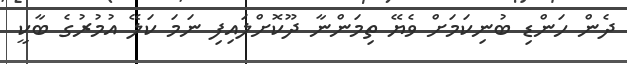
ދެން ހަންޑި ބުނިކަމަށް ވެޔޭ ތިމަންނާ ދޫކޮށްލައިފި ނަމަ ކަލޭ އުމުރުގެ ބާކީ